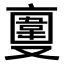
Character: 𠆎